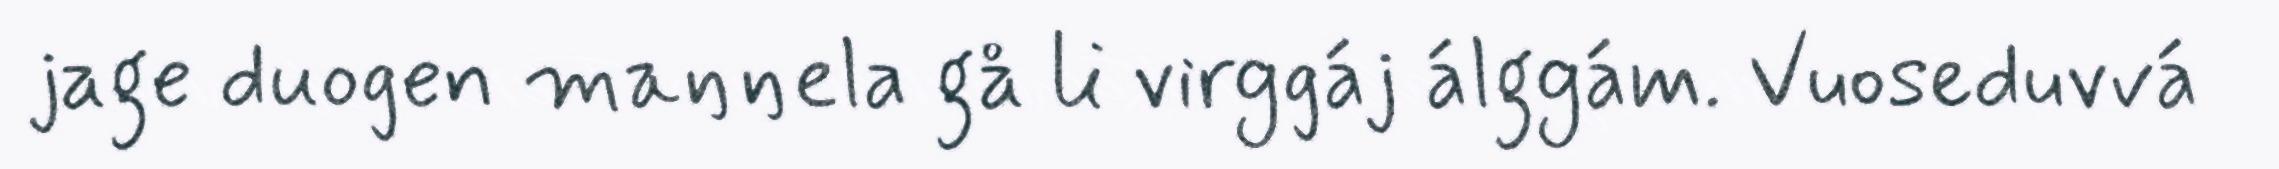
jage duogen maŋŋela gå li virggáj álggám. Vuoseduvvá